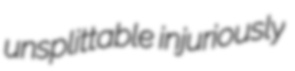
unsplittable injuriously